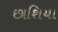
છાશિયા